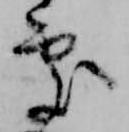
処